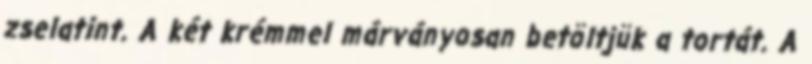
zselatint. A két krémmel márványosan betöltjük a tortát. A